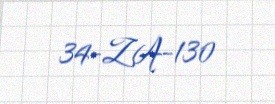
34-ZA-130